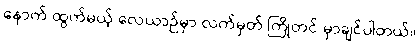
နောက် ထွက်မယ့် လေယာဉ်မှာ လက်မှတ် ကြိုတင် မှာချင်ပါတယ်။